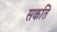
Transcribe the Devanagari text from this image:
सकति